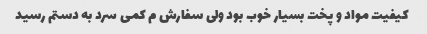
کیفیت مواد و پخت بسیار خوب بود ولی سفارش م کمی سرد به دستم رسید